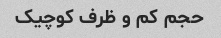
حجم کم و ظرف کوچیک